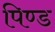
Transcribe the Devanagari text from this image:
पिण्‍ड